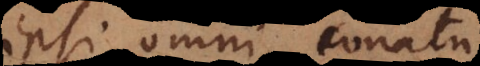
ipsi omni conatu